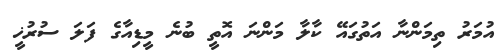
އުމަރު ތިމަންނާ އަތުގައޭ ކާލާ މަންނަ އޮތީ ބުނެ މީޑިއާގެ ފަލަ ސުރުޚީ